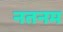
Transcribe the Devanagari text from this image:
नतनम